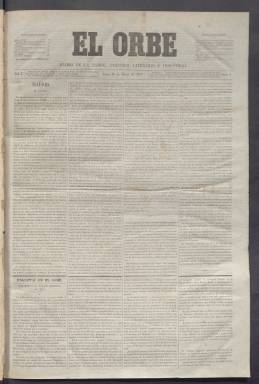
Título: El Orbe (Madrid. 1857)
Colección: Periódicos
Ámbito geográfico: Madrid
Lugar de publicación: Madrid
Fechas: 16/03/1857-17/06/1857